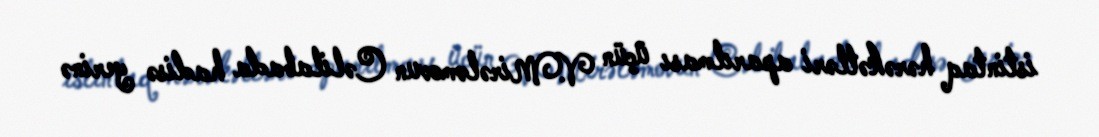
istintaq hərəkətləri aparılması üçün V.Mirələmovun Cəlilabada hadisə yerinə